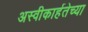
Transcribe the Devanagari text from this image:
अस्वीकार्हतेच्या